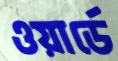
ওয়ার্ডে